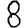
Digit: 8